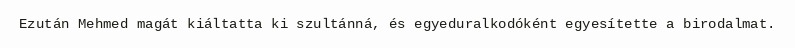
Ezután Mehmed magát kiáltatta ki szultánná, és egyeduralkodóként egyesítette a birodalmat.